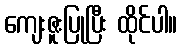
ကျေးဇူးပြုပြီး ထိုင်ပါ။